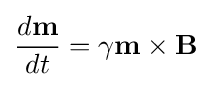
{\frac {d\mathbf {m} }{dt}}=\gamma \mathbf {m} \times \mathbf {B}